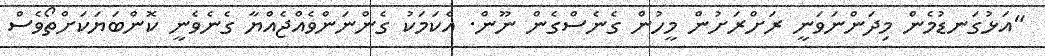
"އަޅުގަނޑުމެން މިދަންނަވަނީ ރަށްރަށުން މީހުން ގެނެސްގެން ނޫން. އެކަމަކު ގެންނަންވެއްޖެއްޔާ ގެނެވެނީ ކޮންބަޔަކަށްތޯވެސް